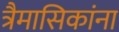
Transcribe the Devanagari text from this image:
त्रैमासिकांना